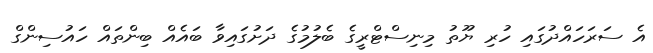
އެ ސަރަހައްދުގައި ހުރި ޔޫތު މިނިސްޓްރީގެ ބެލުމުގެ ދަށުގައިވާ ބައެއް ބިންތައް ހައުސިންގް